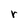
Character: r